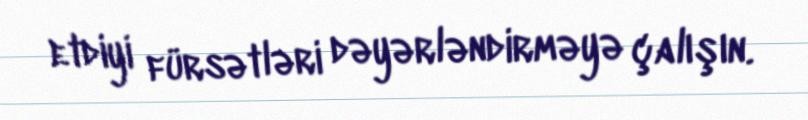
etdiyi fürsətləri dəyərləndirməyə çalışın.